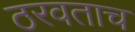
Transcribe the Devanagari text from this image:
ठरवताच